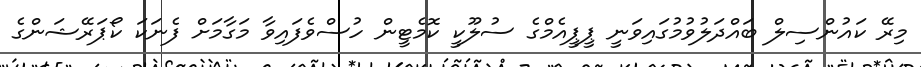
މިރޭ ކައުންސިލް ބައްދަލުވުމުގައިވަނީ ޕީޕީއެމްގެ ސުލޫކީ ކޮމެޓީން ހުސްވެފައިވާ މަގާމަށް ފެނަކަ ކޯޕަރޭޝަންގެ